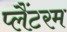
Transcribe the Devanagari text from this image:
प्लैंटरम